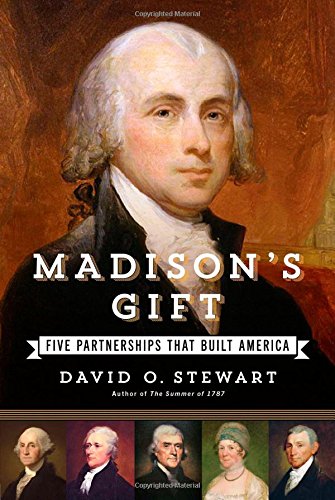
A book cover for Madison's Gift: Five Partnerships That Built America; David O. Stewart; Biographies & Memoirs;